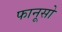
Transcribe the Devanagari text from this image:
फानूसो